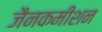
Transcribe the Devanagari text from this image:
जैनकमीशन